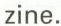
zine.